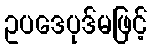
ဥပဒေပုဒ်မဖြင့်